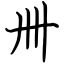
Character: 卌